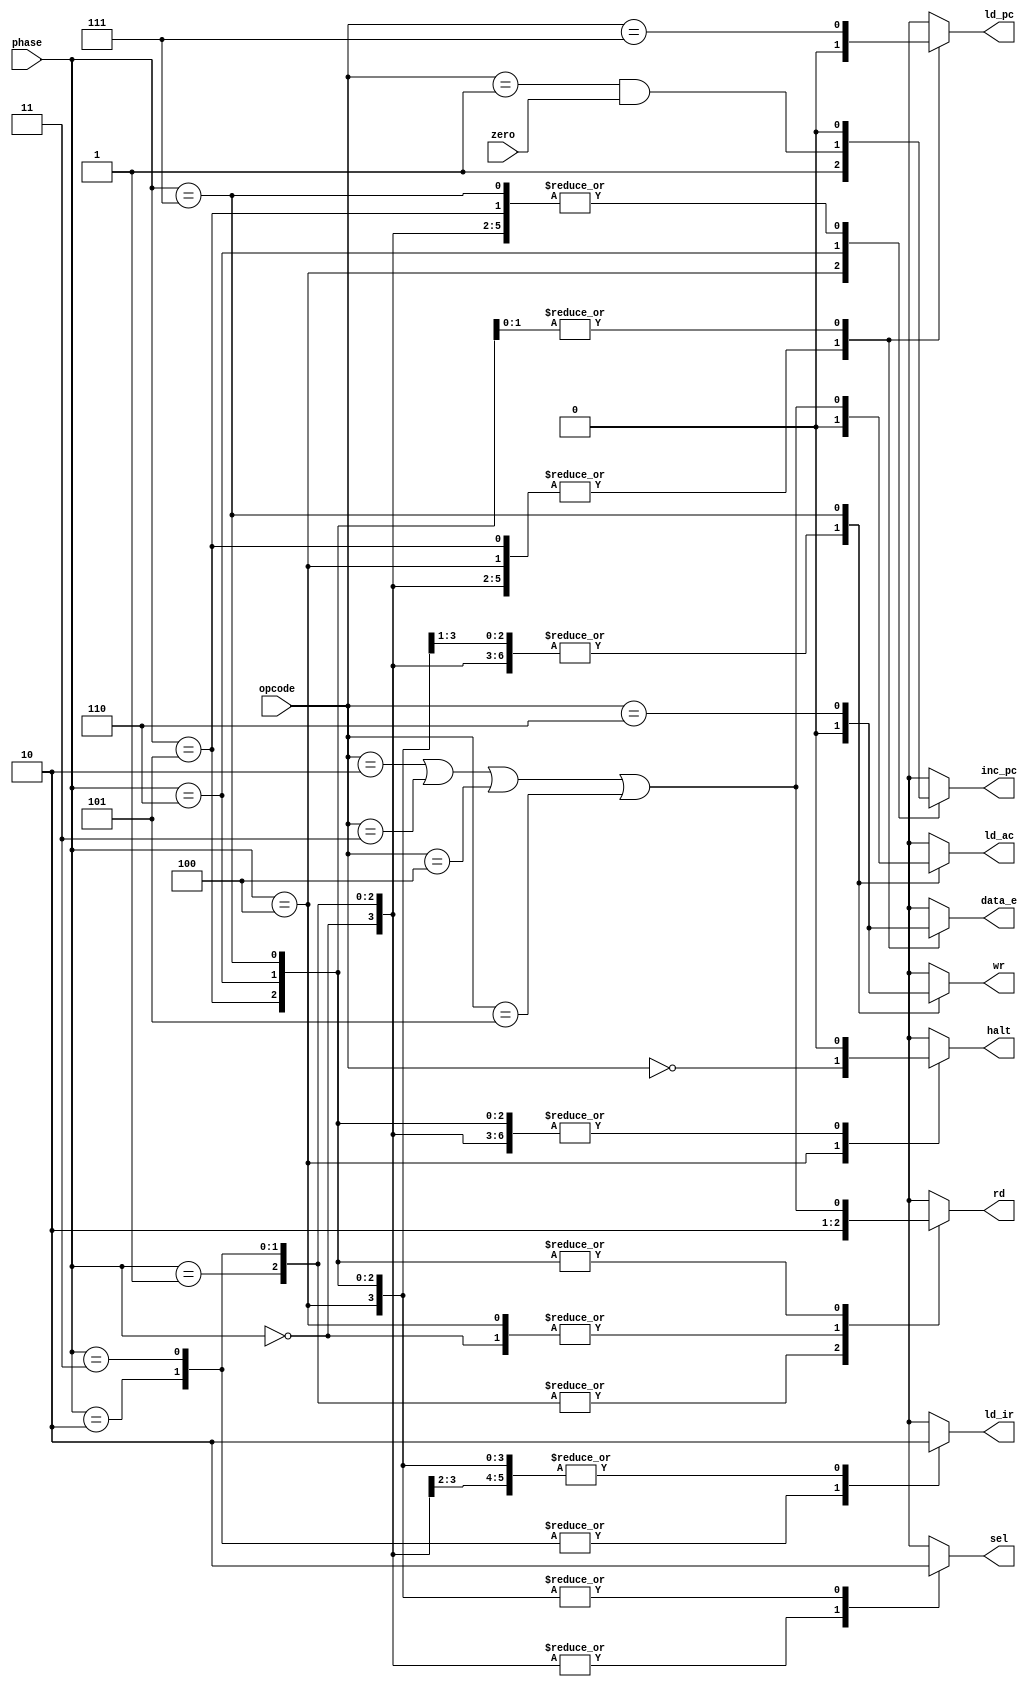
module controller
(
  input  wire [2:0] opcode ,
  input  wire [2:0] phase  ,
  input  wire       zero   , // accumulator is zero
  output reg        sel    , // select instruction address to memory
  output reg        rd     , // enable memory output onto data bus
  output reg        ld_ir  , // load instruction register
  output reg        inc_pc , // increment program counter
  output reg        halt   , // halt machine
  output reg        ld_pc  , // load program counter
  output reg        data_e , // enable accumulator output onto data bus
  output reg        ld_ac  , // load accumulator from data bus
  output reg        wr       // write data bus to memory
);

  localparam integer HLT=0, SKZ=1, ADD=2, AND=3, XOR=4, LDA=5, STO=6, JMP=7;

  reg H,A,Z,J,S;

  always @* begin
      H = (opcode == HLT);
      A = (opcode == ADD || opcode == AND || opcode == XOR || opcode == LDA);
      Z = (opcode == SKZ && zero);
      J = (opcode == JMP);
      S = (opcode == STO);
      case ( phase )
  0:begin sel=1;rd=0;ld_ir=0;inc_pc=0;halt=0;ld_pc=0;data_e=0;ld_ac=0;wr=0;end
  1:begin sel=1;rd=1;ld_ir=0;inc_pc=0;halt=0;ld_pc=0;data_e=0;ld_ac=0;wr=0;end
  2:begin sel=1;rd=1;ld_ir=1;inc_pc=0;halt=0;ld_pc=0;data_e=0;ld_ac=0;wr=0;end
  3:begin sel=1;rd=1;ld_ir=1;inc_pc=0;halt=0;ld_pc=0;data_e=0;ld_ac=0;wr=0;end
  4:begin sel=0;rd=0;ld_ir=0;inc_pc=1;halt=H;ld_pc=0;data_e=0;ld_ac=0;wr=0;end
  5:begin sel=0;rd=A;ld_ir=0;inc_pc=0;halt=0;ld_pc=0;data_e=0;ld_ac=0;wr=0;end
  6:begin sel=0;rd=A;ld_ir=0;inc_pc=Z;halt=0;ld_pc=J;data_e=S;ld_ac=0;wr=0;end
  7:begin sel=0;rd=A;ld_ir=0;inc_pc=0;halt=0;ld_pc=J;data_e=S;ld_ac=A;wr=S;end
      endcase
    end
endmodule